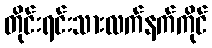
တိုင်းရင်းသားလက်နက်ကိုင်